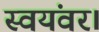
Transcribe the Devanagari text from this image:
स्वयंवर।